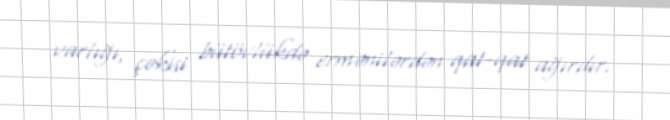
varlığı, çəkisi bütövlükdə ermənilərdən qat-qat ağırdır.